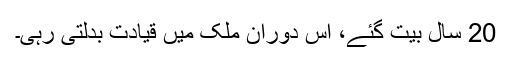
20 سال بیت گئے، اس دوران ملک میں قیادت بدلتی رہی۔